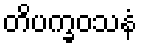
တိပက္ခဝသနံ